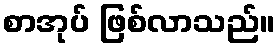
စာအုပ် ဖြစ်လာသည်။